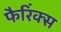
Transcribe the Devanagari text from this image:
फैरिंक्स